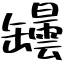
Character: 罎